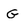
Character: G